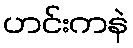
ဟင်းကနဲ